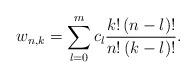
LaTeX: \begin{align*}w_{n,k}=\sum_{l=0}^{m} c_{l}\frac{k!\left( n-l\right) !}{n!\left( k-l\right) !}. \end{align*}